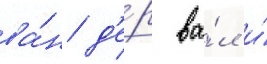
ва́н д'е́р ва́л и́